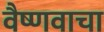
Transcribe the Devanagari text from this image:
वैष्णवाचा